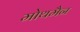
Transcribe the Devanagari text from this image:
मोथमैन